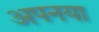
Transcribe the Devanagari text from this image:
अपनया